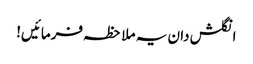
انگلش دان یہ ملاحظہ فرمائیں!